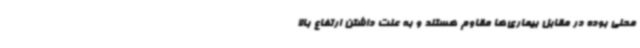
محلی بوده در مقابل بیماری‌ها مقاوم هستند و به علت داشتن ارتفاع بالا